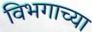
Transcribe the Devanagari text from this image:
विभगाच्या